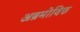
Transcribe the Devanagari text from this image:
अब्रमोविछ